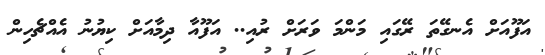
އަފޫއަށް އެނގޭތަ ރޭގައި މަންމަ ވަރަށް ރުއި.. އަފޫއާ ދިމާއަށް ކިޔުނު އެއްޗެހިން